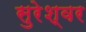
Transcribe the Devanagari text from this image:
सुरेश्‍वर